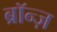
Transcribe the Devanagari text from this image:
ब्रॉन्ज़